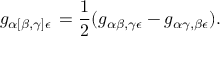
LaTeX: g _ { \alpha [ \beta , \gamma ] \epsilon } \, = { \frac { 1 } { 2 } } ( g _ { \alpha \beta , \gamma \epsilon } - g _ { \alpha \gamma , \beta \epsilon } ) .